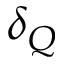
\delta _ { Q }